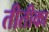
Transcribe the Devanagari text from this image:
तीतीका